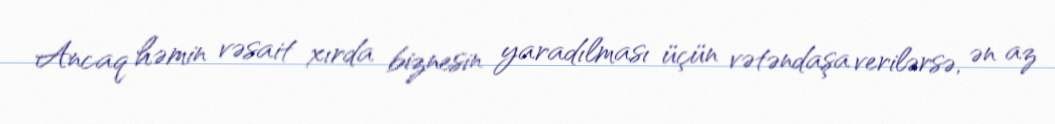
Ancaq həmin vəsait xırda biznesin yaradılması üçün vətəndaşa verilərsə, ən az